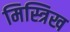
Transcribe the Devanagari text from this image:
मिस्त्रिख